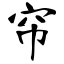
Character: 帘